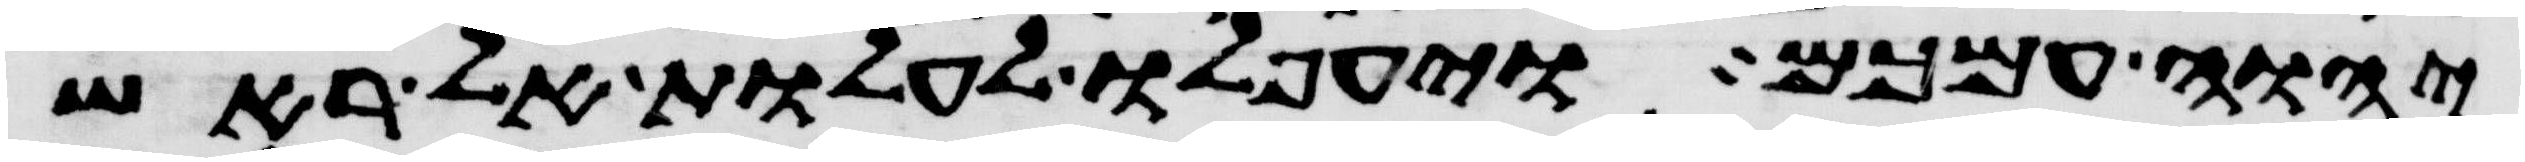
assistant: יהוה עמכם ויעפלו לעלות אל ראש